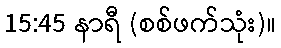
15:45 နာရီ (စစ်ဖက်သုံး)။